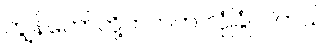
ကျွန်တော်တို့ဘက်က လုံခြုံ ပါတယ်။